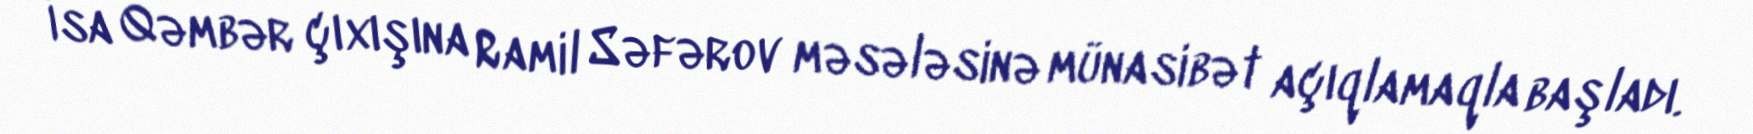
İsa Qəmbər çıxışına Ramil Səfərov məsələsinə münasibət açıqlamaqla başladı.